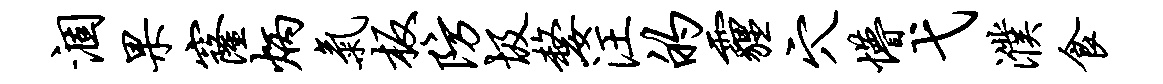
涸果窿炳气板防圾嫠汪的霾穴懵弋濮食